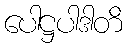
ပေါဋ္ဌပါဒါတိ